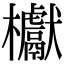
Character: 𣡌